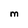
Character: M